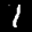
Label: 1